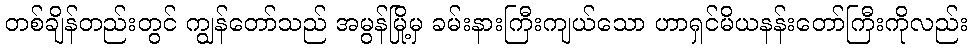
တစ်ချိန်တည်းတွင် ကျွန်တော်သည် အမွန်မြို့မှ ခမ်းနားကြီးကျယ်သော ဟာရှင်မိယနန်းတော်ကြီးကိုလည်း